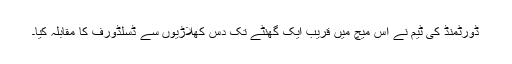
ڈورٹمنڈ کی ٹیم نے اس میچ میں قریب ایک گھنٹے تک دس کھلاڑیوں سے ڈسلڈورف کا مقابلہ کیا۔